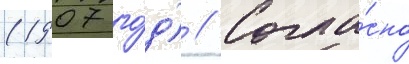
(1907 го́д) // Согла́сно